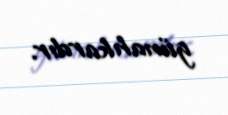
günahkardır.